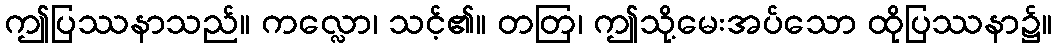
ဤပြဿနာသည်။ ကလ္လော၊ သင့်၏။ တတြ၊ ဤသို့မေးအပ်သော ထိုပြဿနာ၌။